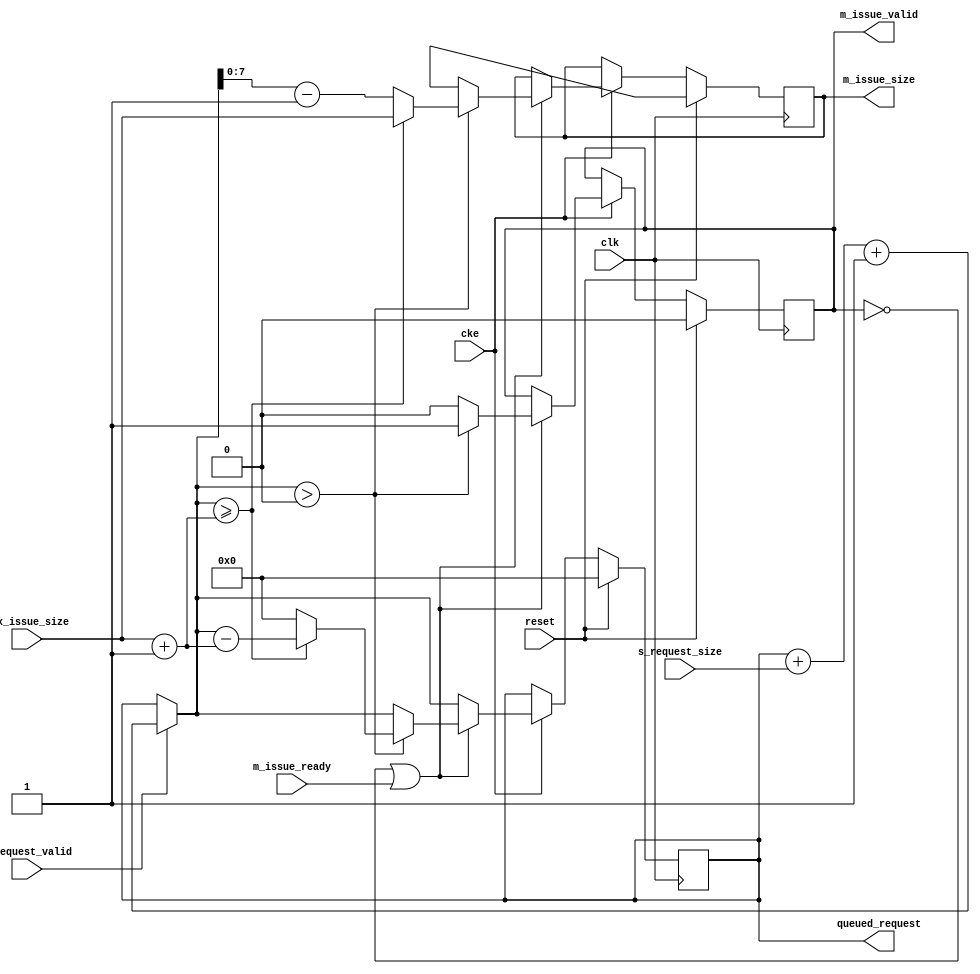
// ---------------------------------------------------------------------------
//  Jelly  -- The platform for real-time computing
//
//                                 Copyright (C) 2008-2020 by Ryuji Fuchikami
//                                 https://github.com/ryuz/jelly.git
// ---------------------------------------------------------------------------



`timescale 1ns / 1ps
`default_nettype none



// 
module jelly_capacity_size_limitter
        #(
            parameter   CAPACITY_WIDTH      = 32,
            parameter   REQUEST_WIDTH       = CAPACITY_WIDTH,
            parameter   ISSUE_WIDTH         = 8,
            parameter   REQUEST_SIZE_OFFSET = 1'b1,
            parameter   ISSUE_SIZE_OFFSET   = 1'b1
        )
        (
            input   wire                            reset,
            input   wire                            clk,
            input   wire                            cke,
            
            input   wire    [ISSUE_WIDTH-1:0]       max_issue_size,
            output  wire    [CAPACITY_WIDTH-1:0]    queued_request,
            
            input   wire    [REQUEST_WIDTH-1:0]     s_request_size,
            input   wire                            s_request_valid,
            
            output  wire    [ISSUE_WIDTH-1:0]       m_issue_size,
            output  wire                            m_issue_valid,
            input   wire                            m_issue_ready
        );
    
    wire                            ready = (!m_issue_valid || m_issue_ready);
    
    reg     [CAPACITY_WIDTH-1:0]    reg_queued_request, next_queued_request;
    reg     [ISSUE_WIDTH-1:0]       reg_issue_size,     next_issue_size;
    reg                             reg_issue_valid,    next_issue_valid;
    
    always @(posedge clk) begin
        if ( reset ) begin
            reg_queued_request <= {CAPACITY_WIDTH{1'b0}};
            reg_issue_size     <= {ISSUE_WIDTH{1'bx}};
            reg_issue_valid    <= 1'b0;
        end
        else if ( cke ) begin
            reg_queued_request <= next_queued_request;
            reg_issue_size     <= next_issue_size;
            reg_issue_valid    <= next_issue_valid;
        end
    end
    
    always @* begin
        next_queued_request = reg_queued_request;
        next_issue_size     = reg_issue_size;
        next_issue_valid    = reg_issue_valid;
        
        if ( s_request_valid ) begin
            next_queued_request = next_queued_request + s_request_size + REQUEST_SIZE_OFFSET;
        end
        
        if ( ready ) begin
            next_issue_size  = {ISSUE_WIDTH{1'bx}};
            next_issue_valid = 1'b0;
            if ( next_queued_request > 0 ) begin
                if ( next_queued_request >= ({1'b0, max_issue_size} + ISSUE_SIZE_OFFSET) ) begin
                    next_issue_size     = max_issue_size;
                    next_issue_valid    = 1'b1;
                    next_queued_request = next_queued_request - ({1'b0, max_issue_size} + ISSUE_SIZE_OFFSET);
                end
                else begin
                    next_issue_size     = next_queued_request - ISSUE_SIZE_OFFSET;
                    next_issue_valid    = 1'b1;
                    next_queued_request = {CAPACITY_WIDTH{1'b0}};
                end
            end
        end
        
    end
    
    assign queued_request = reg_queued_request;
    
    assign m_issue_size   = reg_issue_size;
    assign m_issue_valid  = reg_issue_valid;
    
endmodule


`default_nettype wire


// end of file